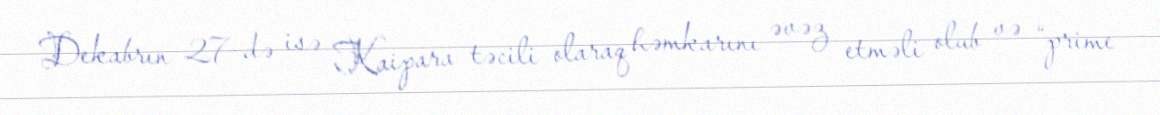
Dekabrın 27-də isə Kaipara təcili olaraq həmkarını əvəz etməli olub və “prime